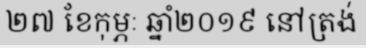
២៧ ខែកុម្ភៈ ឆ្នាំ២០១៩ នៅត្រង់